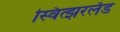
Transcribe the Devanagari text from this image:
स्वित्झरलँड